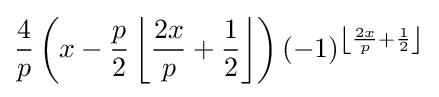
{\frac {4}{p}}\left(x-{\frac {p}{2}}\left\lfloor {\frac {2x}{p}}+{\frac {1}{2}}\right\rfloor \right)(-1)^{\left\lfloor {\frac {2x}{p}}+{\frac {1}{2}}\right\rfloor }